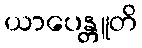
ယာပေန္တူတိ